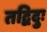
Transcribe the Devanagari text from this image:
तद्विदुः